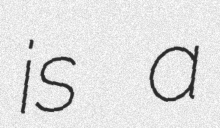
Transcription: is a